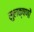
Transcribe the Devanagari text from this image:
सुलक्षणों